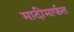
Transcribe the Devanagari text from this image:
मादीमार्फत